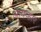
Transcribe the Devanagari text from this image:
आयव्हार